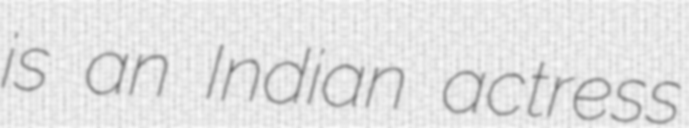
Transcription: is an Indian actress